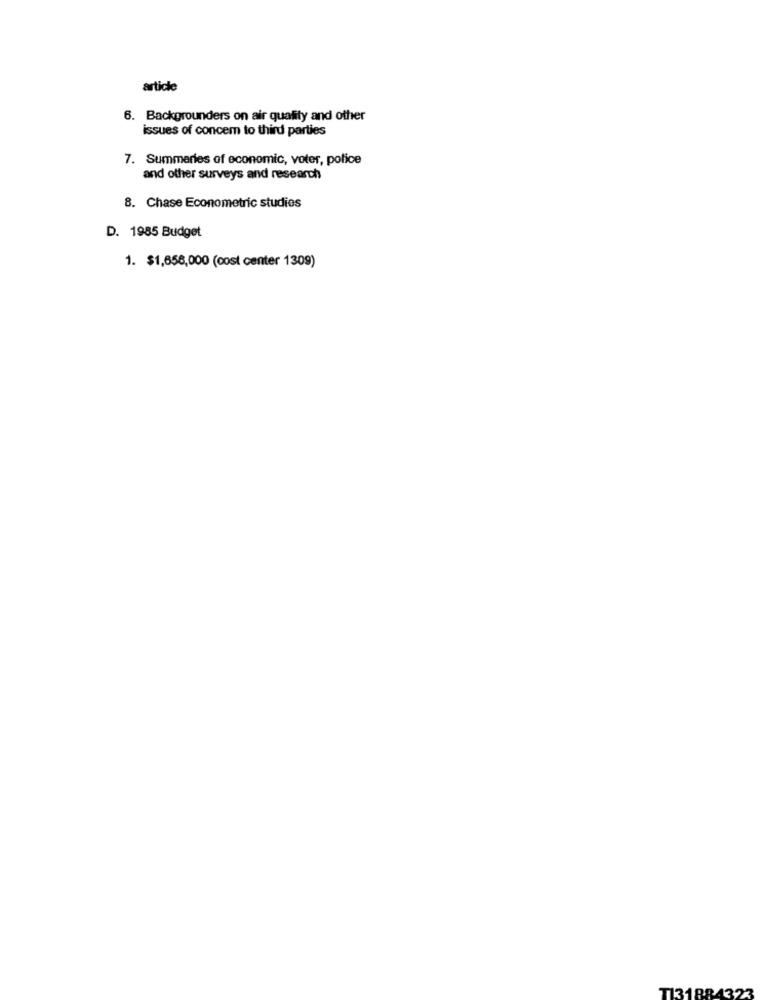
article
6. Backgrounders on air quality and other
issues of concem to third parties
7. Summaries of economic, voter, police
and other surveys and research
8. Chase Econometric studies
D. 1985 Budget
1. $1,658,000 (cost center 1309)
T131884323